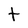
Character: t